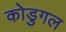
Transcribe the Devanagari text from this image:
कोडुगल